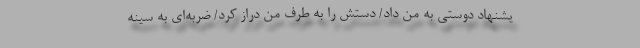
یشنهاد دوستی به من داد/ دستش را به طرف من دراز کرد/ ضربه‌ای به سینه